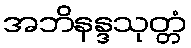
အဘိနန္ဒသုတ္တံ